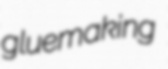
gluemaking